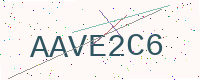
Text: AAVE2C6